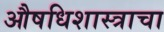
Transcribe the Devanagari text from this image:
औषधिशास्त्राचा